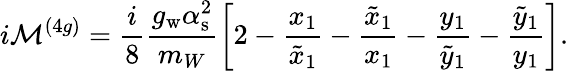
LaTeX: i{\cal M}^{(4g)}=\frac{i}{8}\frac{g_{\mathrm{w}}\alpha_{\mathrm{s}}^{2}}{m_{W}}\left[2-\frac{x_{1}}{\tilde{x}_{1}}-\frac{\tilde{x}_{1}}{x_{1}}-\frac{y_{1}}{\tilde{y}_{1}}-\frac{\tilde{y}_{1}}{y_{1}}\right].